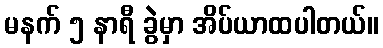
မနက် ၅ နာရီ ခွဲမှာ အိပ်ယာထပါတယ်။